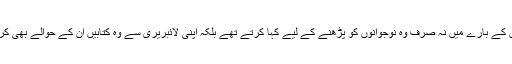
نئی کتابوں کے بارے میں نہ صرف وہ نوجوانوں کو پڑھنے کے لیے کہا کرتے تھے بلکہ اپنی لائبریری سے وہ کتابیں ان کے حوالے بھی کرتے تھے۔